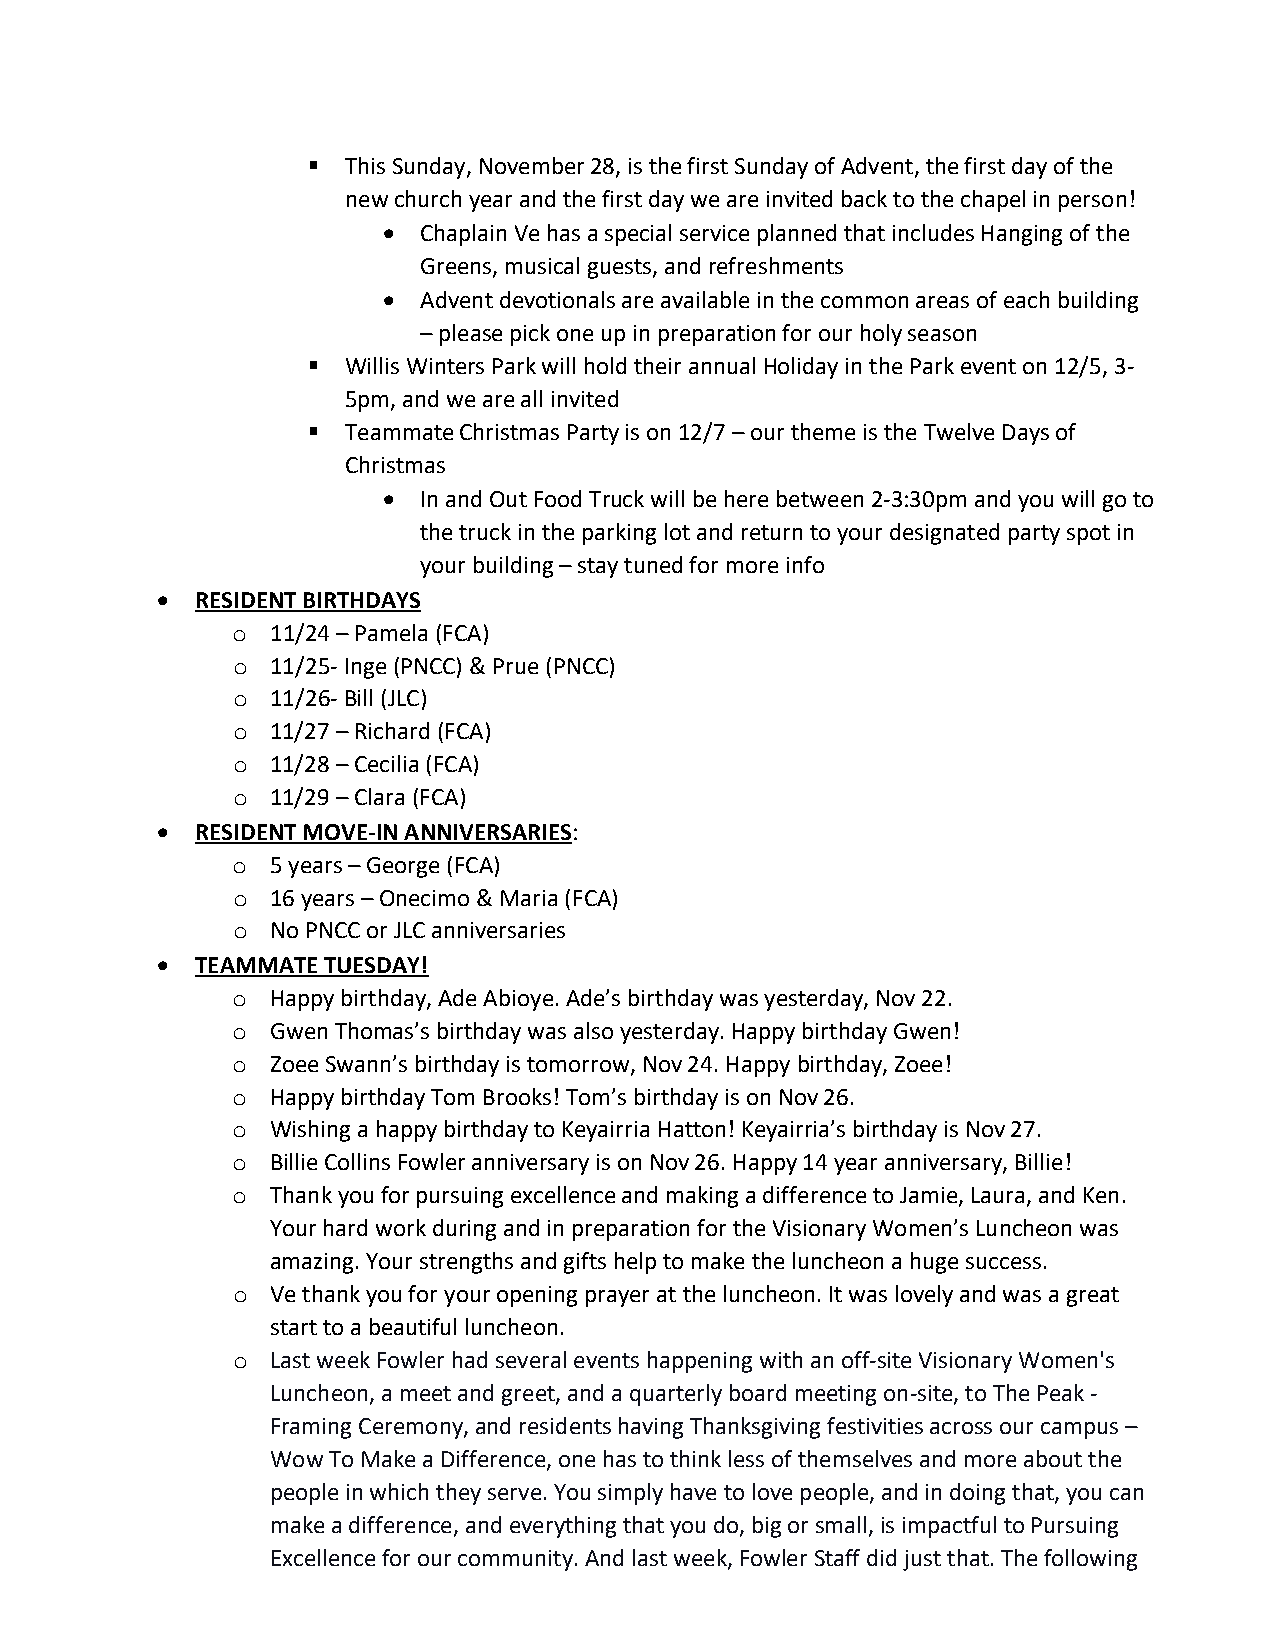
  This Sunday, November 28, is the first Sunday of Advent, the first day of the
 new church year and the first day we are invited back to the chapel in person!
 •  Chaplain Ve has a special service planned that includes Hanging of the
 Greens, musical guests, and refreshments
 •  Advent devotionals are available in the common areas of each building
 – please pick one up in preparation for our holy season
   Willis Winters Park will hold their annual Holiday in the Park event on 12/5, 3-
 5pm, and we are all invited
   Teammate Christmas Party is on 12/7 – our theme is the Twelve Days of
 Christmas
 •  In and Out Food Truck will be here between 2-3:30pm and you will go to
 the truck in the parking lot and return to your designated party spot in
 your building – stay tuned for more info
 •  RESIDENT BIRTHDAYS
 11/24 – Pamela (FCA)
 o
 11/25- Inge (PNCC) & Prue (PNCC)
 o
 11/26- Bill (JLC)
 o
 11/27 – Richard (FCA)
 o
 11/28 – Cecilia (FCA)
 o
 11/29 – Clara (FCA)
 o
 •  RESIDENT MOVE-IN ANNIVERSARIES:
 5 years – George (FCA)
 o
 16 years – Onecimo & Maria (FCA)
 o
 No PNCC or JLC anniversaries
 o
 •  TEAMMATE TUESDAY!
 Happy birthday, Ade Abioye. Ade’s birthday was yesterday, Nov 22.
 o
 Gwen Thomas’s birthday was also yesterday. Happy birthday Gwen!
 o
 Zoee Swann’s birthday is tomorrow, Nov 24. Happy birthday, Zoee!
 o
 Happy birthday Tom Brooks! Tom’s birthday is on Nov 26.
 o
 Wishing a happy birthday to Keyairria Hatton! Keyairria’s birthday is Nov 27.
 o
 Billie Collins Fowler anniversary is on Nov 26. Happy 14 year anniversary, Billie!
 o
 Thank you for pursuing excellence and making a difference to Jamie, Laura, and Ken.
 o
 Your hard work during and in preparation for the Visionary Women’s Luncheon was
 amazing. Your strengths and gifts help to make the luncheon a huge success.
 Ve thank you for your opening prayer at the luncheon. It was lovely and was a great
 o
 start to a beautiful luncheon.
 Last week Fowler had several events happening with an off-site Visionary Women's
 o
 Luncheon, a meet and greet, and a quarterly board meeting on-site, to The Peak -
 Framing Ceremony, and residents having Thanksgiving festivities across our campus –
 Wow To Make a Difference, one has to think less of themselves and more about the
 people in which they serve. You simply have to love people, and in doing that, you can
 make a difference, and everything that you do, big or small, is impactful to Pursuing
 Excellence for our community. And last week, Fowler Staff did just that. The following